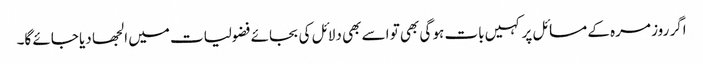
اگر روز مرہ کے مسائل پر کہیں بات ہو گی بھی تو اسے بھی دلائل کی بجائے فضولیات میں الجھا دیا جائے گا۔